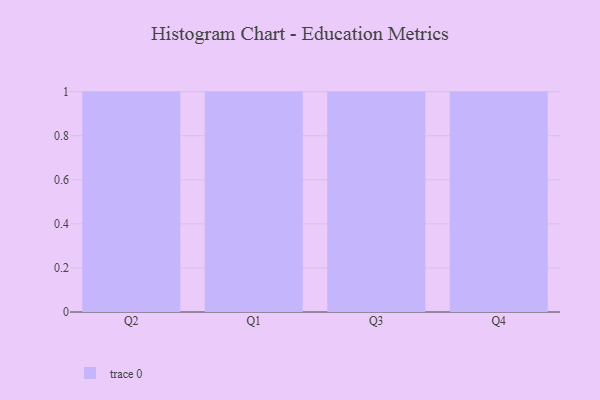
{"axis": {"x": "Quarter", "y": "Tickets Resolved"}, "legend": [""], "data": [{"x": "Q2", "y": 60, "type": ""}, {"x": "Q1", "y": 5, "type": ""}, {"x": "Q3", "y": 4, "type": ""}, {"x": "Q4", "y": 4, "type": ""}]}